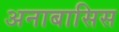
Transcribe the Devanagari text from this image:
अनाबासिस